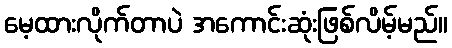
မေ့ထားလိုက်တာပဲ အကောင်းဆုံးဖြစ်လိမ့်မည်။